Leaving Certificate, 1900
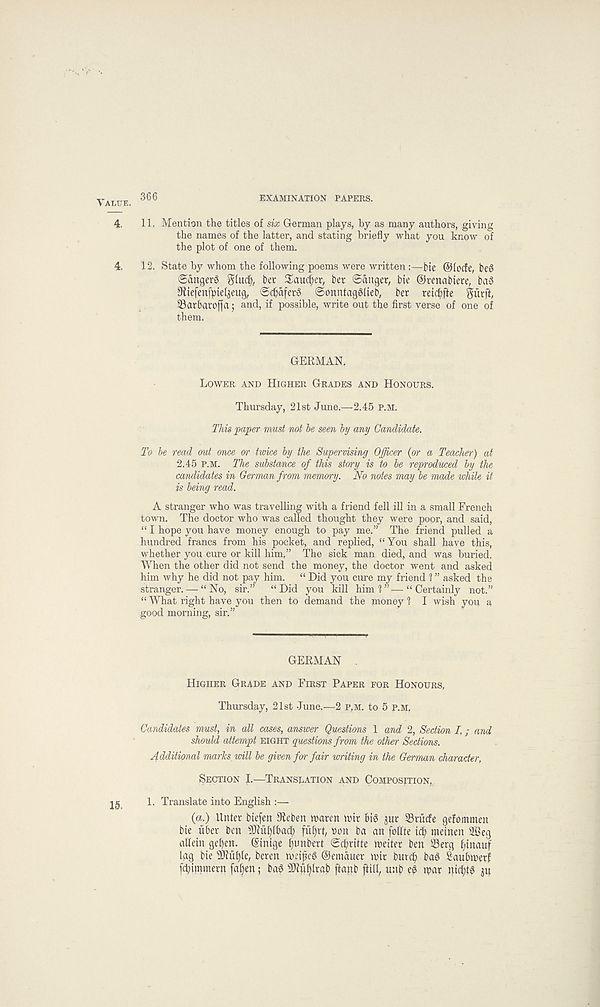
VALUE
EXAMINATION PAPERS.
4, 11. Mention the titles of six German plays, by as many authors, giving
the names of the latter, and stating briefly what you know of
the plot of one of them.
4, 12. State by whom the following poems were written :—-bte ©lode, i)e$
@anger§ g(ud), bet £aucf)er, bet ©anger, bie ©renabiete, ba3
9itefenftriel$eug, ©cbafet6 ©onntagglieb, bet reic^fte giitff,
33arbatoffa; and, if possible, write out the first verse of one of
them.
GERMAN,
Lower and Higher Grades and Honours.
Thursday, 21st June.—2.45 P.M.
This paper must not he seen by any Candidate.
To be read out once or twice by the Supervising Officer (or a Teacher) at
2.45 P.M. The substance of this story is to be reproduced by the
candidates in German from memory. No notes may be made while it
is being read.
A stranger who was travelling with a friend fell ill in a small French
town. The doctor who was called thought they were poor, and said,
“ I hope you have money enough to pay me.” The friend pulled a
hundred francs from his pocket, and replied, “You shall have this,
whether you cure or kill him,” The sick man died, and was buried.
When the other did not send the money, the doctor went and asked
him why he did not pay him. “ Did you cure my friend ? ” asked the
stranger. — “No, sir.” “Did you kill him 1 ”—“Certainly not.”
“ What right have you then to demand the money 1 I wish you a
good morning, sir.”
GERMAN .
Higher Grade and First Paper for Honours,
Thursday, 21st June.—2 p,m. to 5 p.M,
Candidates must, in all cases, answer Questions 1 and 2, Section I,; and
should attempt eight questions from the other Sections.
Additional marks will be given for fair writing in the German character,
Section J.—Translation and Composition.
1. Translate into English :—
(a.) Unter btefen 9leben tnaren mit bi6 jut S3rurfe gefommen
bie fiber ben 2kuf)(bad) fu()rt, non ba an fotfte id? meinen 2Beg
alfein gefjen. ©inige fjunbert ©d?ritte tneiter ben Serg fgnauf
lag bie fDMfyle, beren nmfjeg ©emauet ioit burd? baS Saubtoerf
fd?immern fa^en; baS fMfjltab ffanb [fill, unb e$ rpar nid?tg ju